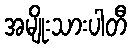
အမျိုးသားပါတီ